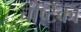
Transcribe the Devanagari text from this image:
चंष्टिका